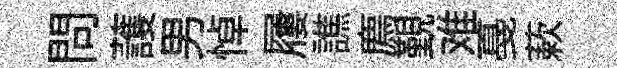
問䕶男悼屨譙廌覲难戞蔌